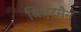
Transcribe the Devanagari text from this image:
बियरमैन